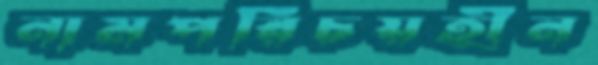
নামপরিচয়হীন